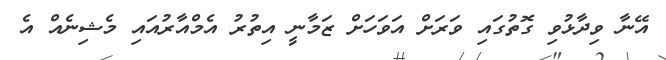
އޭނާ ވިދާޅުވި ގޮތުގައި ވަރަށް އަވަހަށް ޒަމާނީ އިތުރު އެމްއާރުއައި މެޝިނެއް އެ